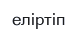
еліртіп